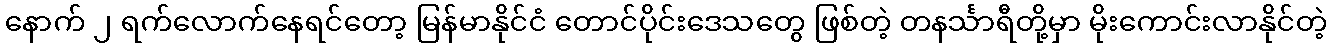
နောက် ၂ ရက်လောက်နေရင်တော့ မြန်မာနိုင်ငံ တောင်ပိုင်းဒေသတွေ ဖြစ်တဲ့ တနင်္သာရီတို့မှာ မိုးကောင်းလာနိုင်တဲ့